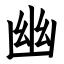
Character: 幽